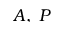
A , \; P